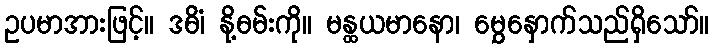
ဥပမာအားဖြင့်။ ဒဓိံ၊ နို့ဓမ်းကို။ မန္ထယမာနော၊ မွှေနှောက်သည်ရှိသော်။